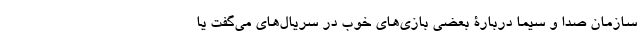
سازمان صدا و سیما دربارۀ بعضی بازی‌های خوب در سریال‌های می‌گفت یا